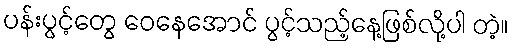
ပန်းပွင့်တွေ ဝေနေအောင် ပွင့်သည့်နေ့ဖြစ်လို့ပါ တဲ့။